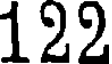
122